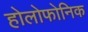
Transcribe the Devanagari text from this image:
होलोफोनिक